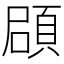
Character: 𩒫